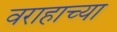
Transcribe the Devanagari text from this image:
वराहाच्या